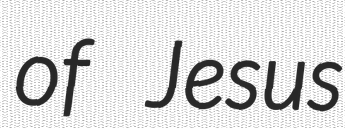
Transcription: of Jesus